Kloostri_vallavalitsus, lk 13
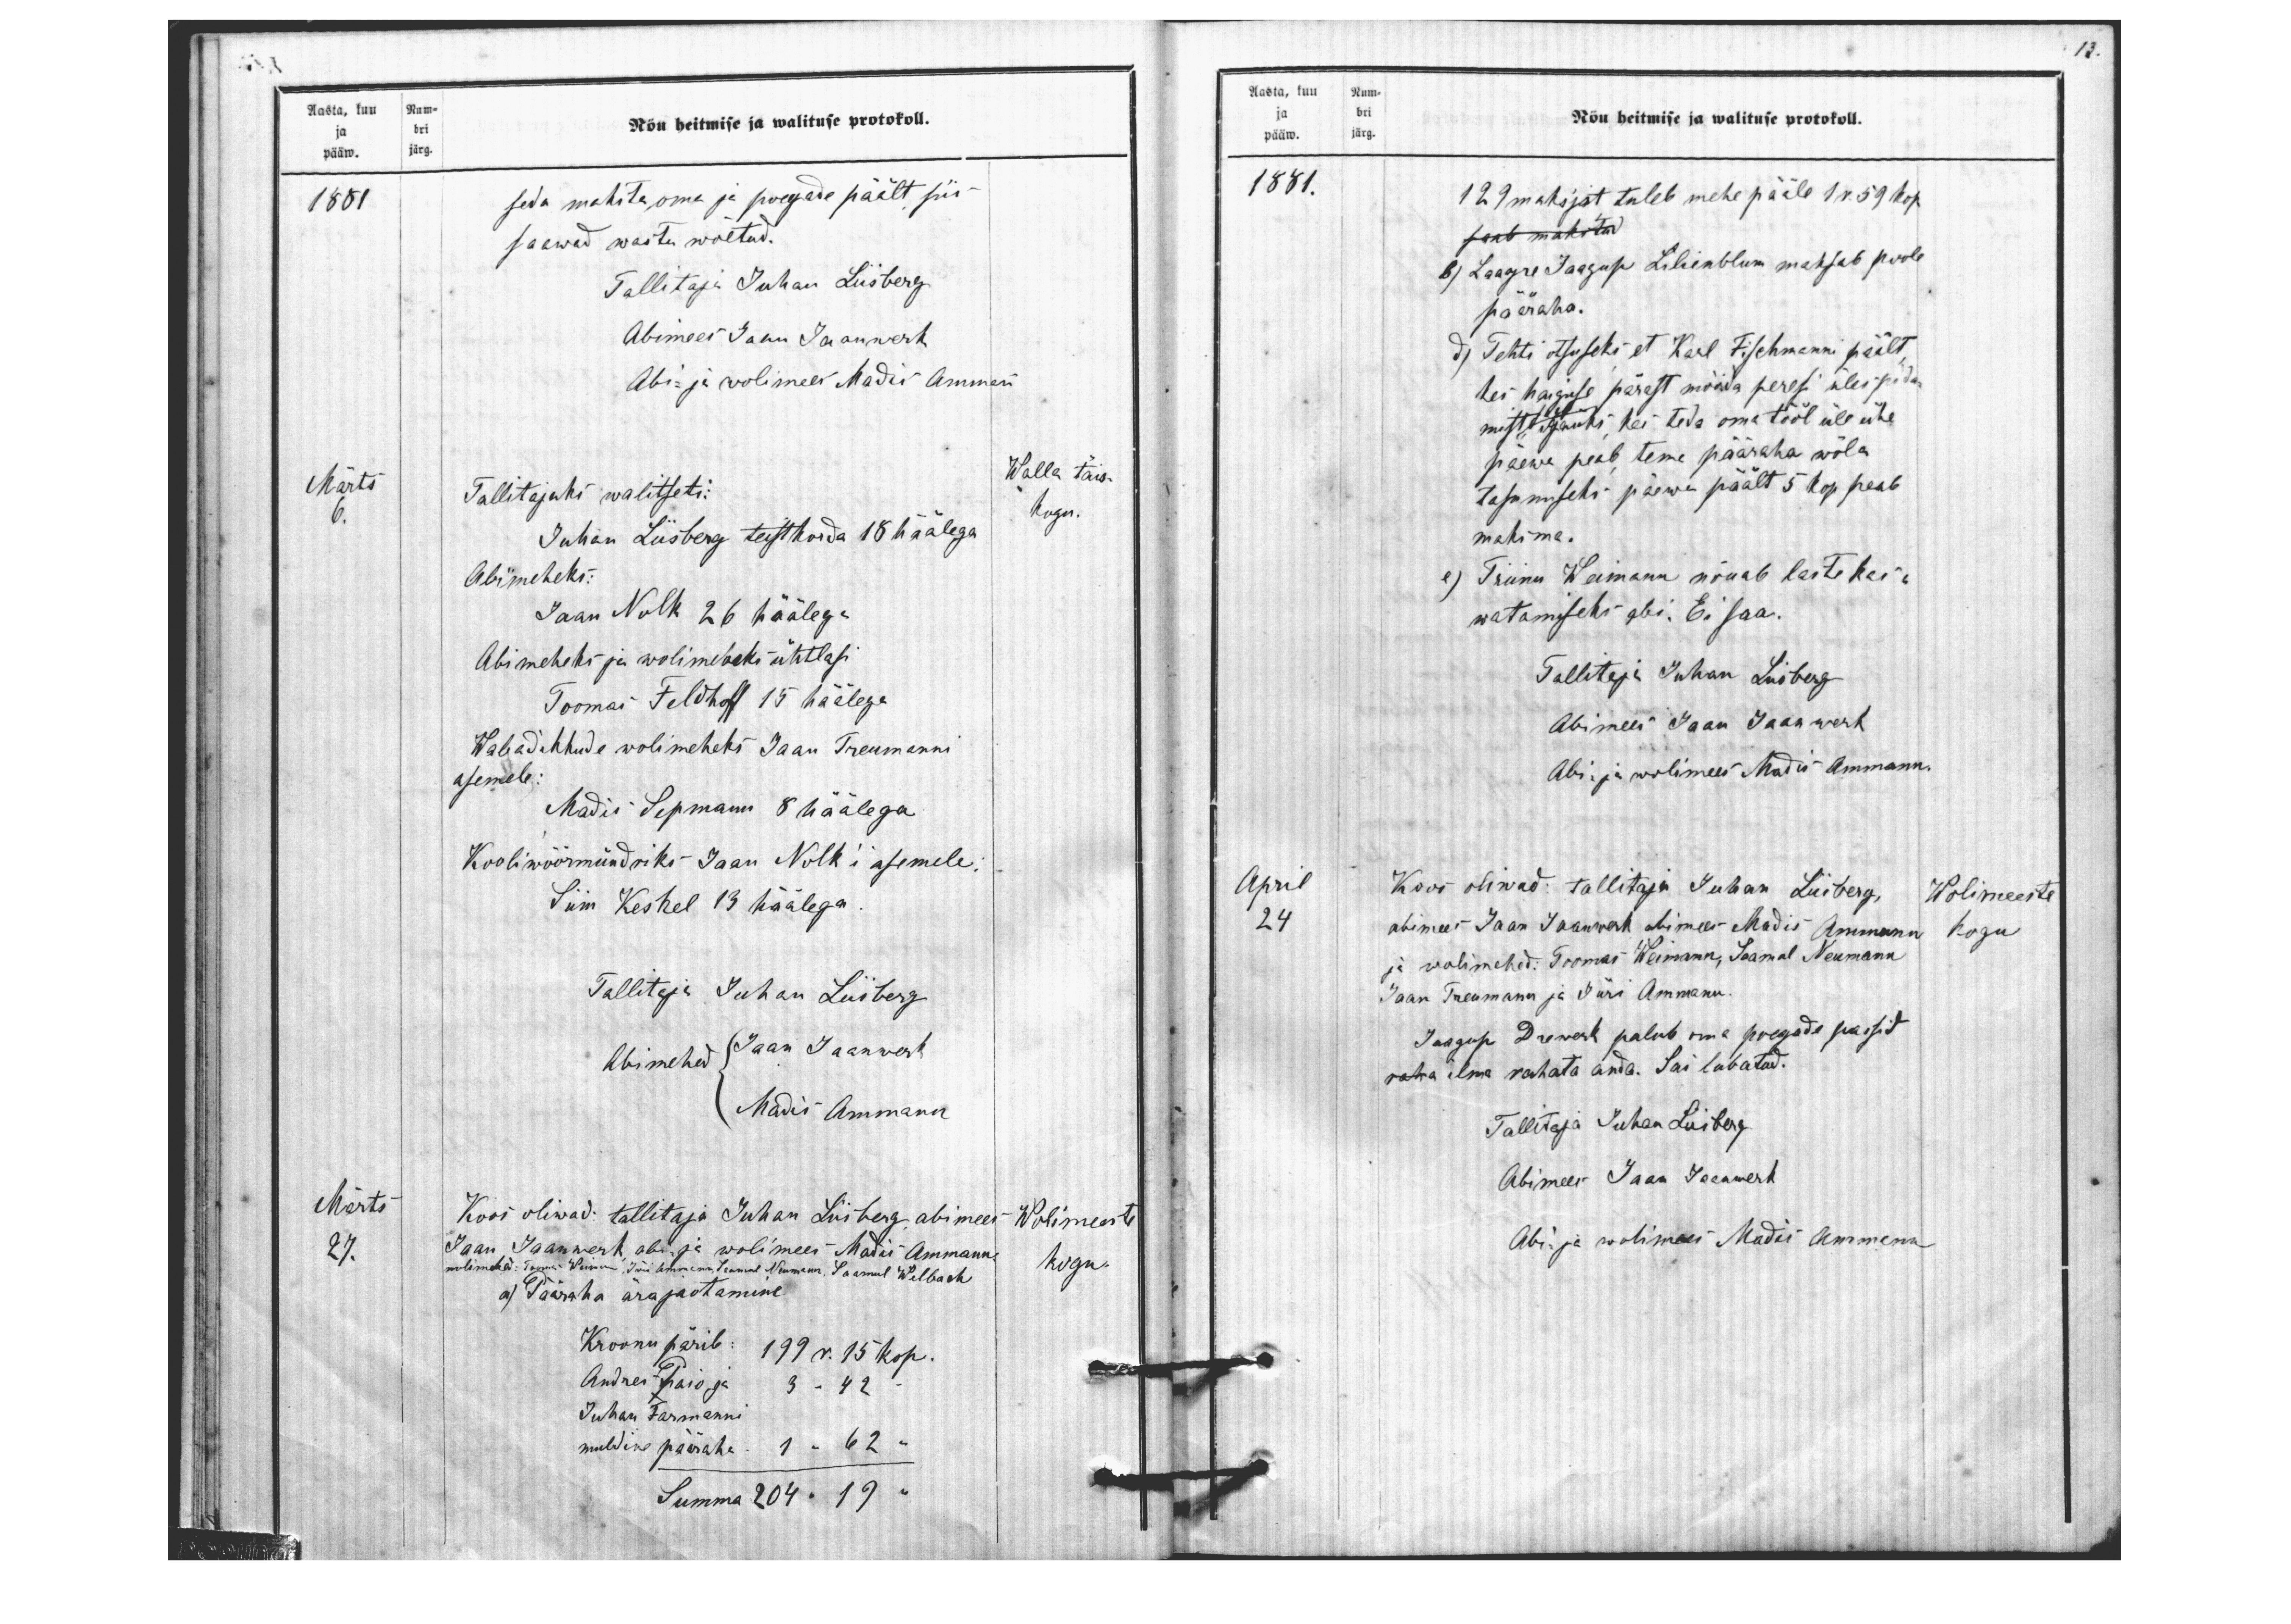
ja bri
pääw. järg.
Aasta, kuu Num-
Nõu heitmise ja walituse protokoll.
1881
seda maksta oma ja poegade päält siis
saawad wastu wõetud.
Tallitaja Juhan Liisberg
Abimees Jaan Jaanwert
Abi- ja wolimees Madis Ammann
Märts
6
Walla täis.
Tallitajaks walitseti:
Juhan Liisberg teistkorda 18 häälega
kogu.
Abimeheks:
Jaan Nolk 26 häälega
Abimeheks ja wolimeheks ühtlasi
Toomas Feldhoff 15 häälega
Wabadikkude wolimeheks Jaan Treumanni
asemele:
Madis Sepmann 8 häälega
Kooli wöörmündriks Jaan Nolk'i asemele:
Siin Keskel 13 häälega
Tallitaja Juhan Liisberg
Abimehed
Jaan Jaanwerk
Madis Ammann
Märts
Koos oliwad: tallitaja Juhan Liisberg abimees
Wolimeeste
27.
Jaan Jaanwerk abi ja wolimees Madis Ammann
wolimehed: Toomas Weimann, Jüri Ammann, Saamuel Neumann, Saamul Welbach
kogu
a) Pääraha ärajaotamine.
Kroonu pärib: 199 r. 15 kop.
Andres Paio ja 3 " 42 "
Juhan Farmanni
muldine pääraha. 1 " 62 "
Summa  204 "19 "

13.
ja bri
pääw. järg.
Aasta, kuu Num-
Nõu heitmise ja walituse protokoll.
1881.
129 maksjat tuleb mehe pääle 1 r. 59 kop.
b) Laagre Jaagup Lilienblum maksab poole.
pääraha.
d) Tehti otsuseks et Karl Fischmanni päält,
kes haiguse pärast mõõda peresi ülespida
mist igaüks kes teda oma tööl üle ühe
päewa peab tema pääraha wõla
tasumiseks päewa päält 5 kop. peab
maksma.
e) Triinu Weimann nõuab laste kas,
watamiseks abi. Ei saa.
Tallitaja Juhan Liisberg
Abimees Jaan Jaanwerk
Abi ja wolimees Madis Ammann.
April
Koos oliwad: tallitaja Juhan Liisberg,
Wolimeeste
24
abimees Jaan Jaanwerk abimees Madis Ammann
Kogu
ja wolimehed: Toomas Weimann, Saamul Neumann
Jaan Treumann ja Jüri Ammann.
Jaagup Drewerk palub oma poegade passid
ilma rahata anda. Sai lubatud.
Tallitaja Juhan Liisberg
Abimees Jaan Jaanwerk
Abi ja wolimees Madis Ammann